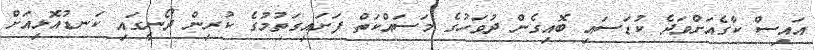
އައިސް ކާގެއަށްވަދެ ކުޑަސައި ބޮއިގެން ދުވަހުގެ މަސައްކަތް ފަށައިގަތުމުގެ ކުރިން ދޯނީގައި ކަނޑުއޮޅިއަށް